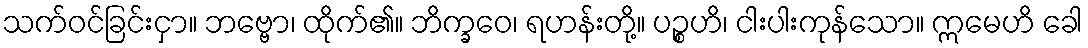
သက်ဝင်ခြင်းငှာ။ ဘဗ္ဗော၊ ထိုက်၏။ ဘိက္ခဝေ၊ ရဟန်းတို့။ ပဉ္စဟိ၊ ငါးပါးကုန်သော။ ဣမေဟိ ခေါ